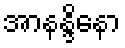
အာနန္ဒိနော